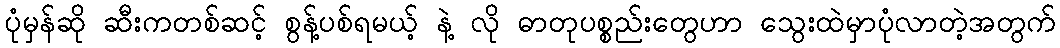
ပုံမှန်ဆို ဆီးကတစ်ဆင့် စွန့်ပစ်ရမယ့် နဲ့ လို ဓာတုပစ္စည်းတွေဟာ သွေးထဲမှာပုံလာတဲ့အတွက်